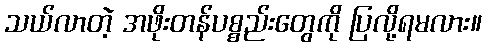
သယ်လာတဲ့ အဖိုးတန်ပစ္စည်းတွေကို ပြလို့ရမလား။